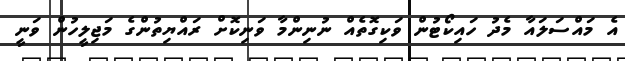
އެ މައްސަލައާ މެދު ހައިކޯޓުން ވަކިގޮތެއް ނުނިންމާ ވަނިކޮށް ރައްޔިތުންގެ މަޖިލީހުން ވަނީ